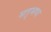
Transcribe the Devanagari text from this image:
मतृभषा